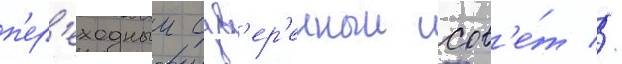
п'ер'еходныи сув'ер'енныи сов'е́т //